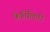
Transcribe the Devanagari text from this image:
फेर्तिलिटी